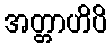
အတ္တာဟိပိ